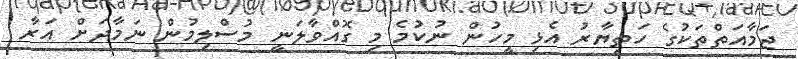
ޖަމާއަތްތަކުގެ ހަތިޔާރު އެޅި މީހުން ނުކުމެ މި ގޮއްވާލަނީ މުސްލިމުން ނަމާދަށް އަރާ